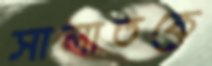
সালাতকে